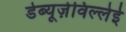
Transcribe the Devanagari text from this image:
डेब्यूज़ेविल्लेई